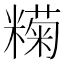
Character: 𬖶